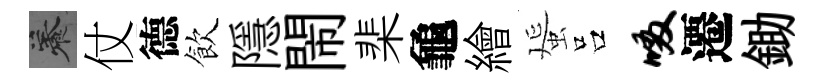
養仗德飲隱閙棐龜繪蜑吕啜遷鋤